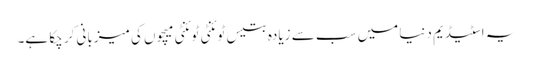
یہ اسٹیڈیم دنیا میں سب سے زیادہ بتیس ٹوئنٹی ٹوئنٹی میچوں کی میزبانی کر چکا ہے۔